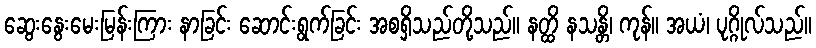
ဆွေးနွေးမေးမြန်းကြား နာခြင်း ဆောင်းရွက်ခြင်း အစရှိသည်တို့သည်။ နတ္ထိ နသန္တိ၊ ကုန်။ အယံ၊ ပုဂ္ဂိုလ်သည်။